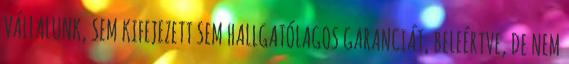
VÁLLALUNK, SEM KIFEJEZETT SEM HALLGATÓLAGOS GARANCIÁT, BELEÉRTVE, DE NEM